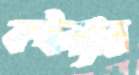
কইন্যার